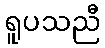
ရူပသညီ